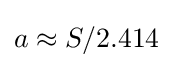
a\approx S/2.414